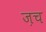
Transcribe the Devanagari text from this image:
ज़च